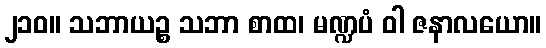
၂၁၀။ သဘာယဉ္စ သဘာ စာထ၊ မဏ္ဍပံ ဝါ ဇနာလယော။